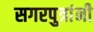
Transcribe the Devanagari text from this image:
सगरपुत्रांनी